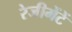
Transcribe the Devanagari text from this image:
रेजीमेंटें